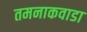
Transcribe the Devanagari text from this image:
तमनाकवाडा